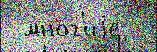
 мно́г'иjе